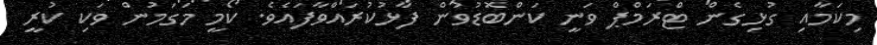
މިކަމާއި ގުޅިގެން ޓްރަމްޕް ވަނީ ކަންބޮޑުވުން ފާޅުކުރައްވާފައެވެ. ކޯމީ މަގަމުން ވަކި ކުރީ